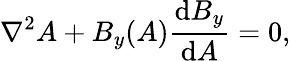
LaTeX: \nabla^{2}A+B_{y}(A)\frac{\mathrm{d}B_{y}}{\mathrm{d}A}=0,